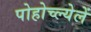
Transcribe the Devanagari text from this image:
पोहोच्ल्येलें